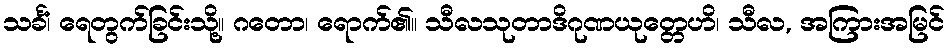
သင်္ခံ၊ ရေတွက်ခြင်းသို့။ ဂတော၊ ရောက်၏။ သီလသုတာဒိဂုဏယုတ္တေဟိ၊ သီလ, အကြားအမြင်